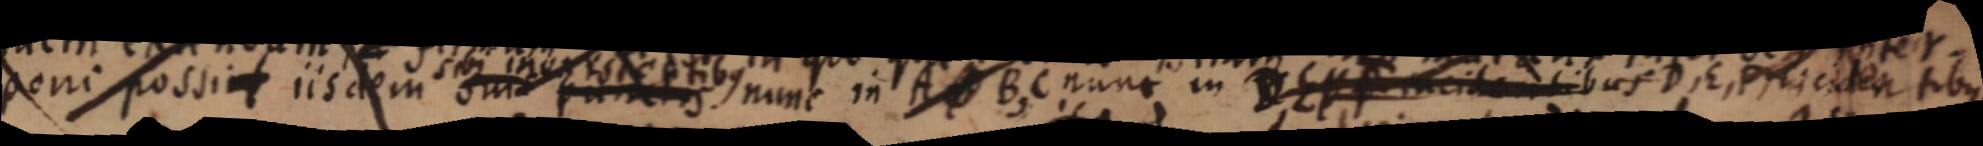
poni possint iisdem sui _ nunc in A _ B, C nunc in D, E _ tibus D, E, P icitentibus